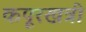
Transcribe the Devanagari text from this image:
कपूरखत्री